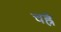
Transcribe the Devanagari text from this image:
चह्रे